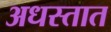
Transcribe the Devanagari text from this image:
अधस्तात